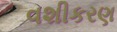
વશીકરણ